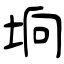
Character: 垧